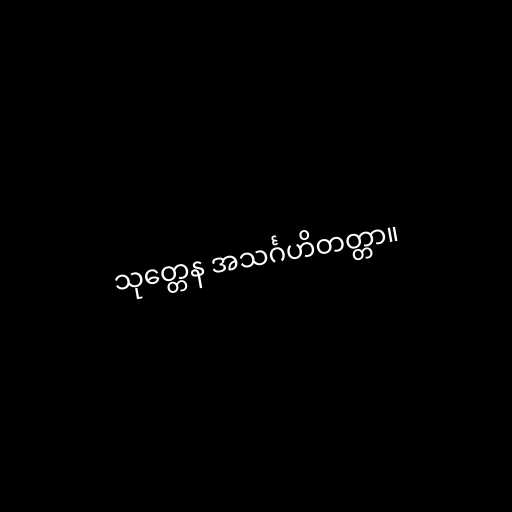
သုတ္တေန အသင်္ဂဟိတတ္တာ။